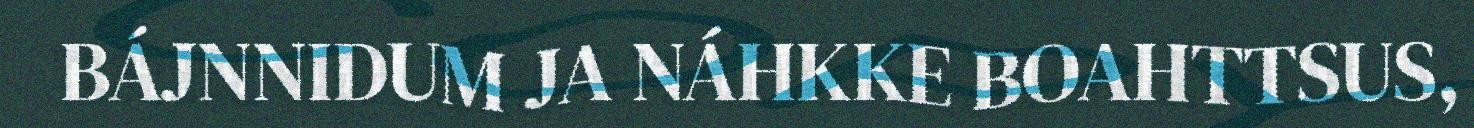
BÁJNNIDUM JA NÁHKKE BOAHTTSUS,